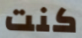
كنت